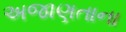
અજાણતાના